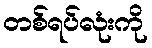
တစ်ရပ်လုံးကို